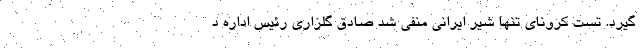
گیرد. تست کرونای تنها شیر ایرانی منفی شد صادق گلزاری رئیس اداره د